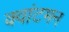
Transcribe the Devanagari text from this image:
क्वांटमन